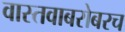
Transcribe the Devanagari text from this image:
वास्तवाबरोबरच